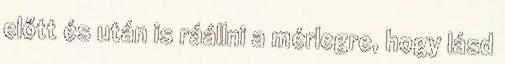
előtt és után is ráállni a mérlegre, hogy lásd